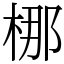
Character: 梛